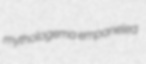
mythologema empaneled